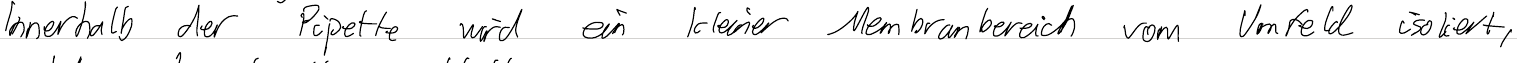
Innerhalb der Pipette wird ein kleiner Membranbereich vom Umfeld isoliert,